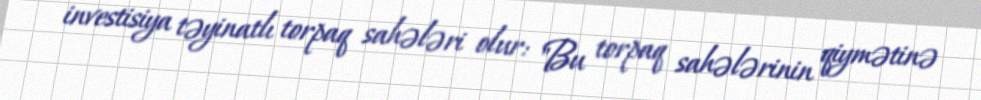
investisiya təyinatlı torpaq sahələri olur: "Bu torpaq sahələrinin qiymətinə